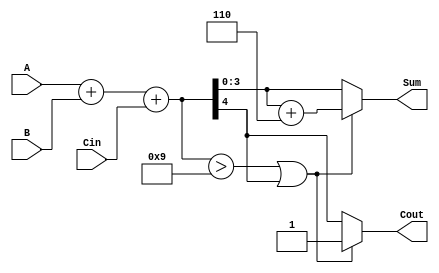
module BCD_Fast_Adder (
    input  wire [3:0] A,     // First BCD digit
    input  wire [3:0] B,     // Second BCD digit
    input  wire Cin,         // Carry-in
    output reg  [3:0] Sum,   // BCD Result
    output reg  Cout         // Carry-out
);

    wire [4:0] TempSum;      // 5-bit temporary sum to hold A + B + Cin
    wire correction;          // Signal to indicate if correction is needed

    // Step 1: Perform binary addition
    assign TempSum = A + B + Cin;

    // Step 2: Check for correction
    assign correction = (TempSum > 5'd9) || (TempSum[4] == 1'b1);

    // Step 3: Calculate the final sum and carry out
    always @(*) begin
        if (correction) begin
            // If correction is needed, add 6 (0110)
            Sum = TempSum[3:0] + 4'b0110;
            Cout = 1'b1; // Set carry out since correction was applied
        end else begin
            Sum = TempSum[3:0]; // No correction needed
            Cout = TempSum[4];  // Carry out from the original addition
        end
    end

endmodule